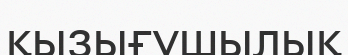
қызығушылық